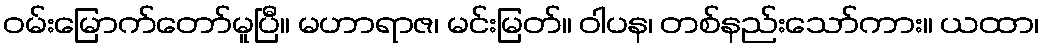
ဝမ်းမြောက်တော်မူပြီ။ မဟာရာဇ၊ မင်းမြတ်။ ဝါပန၊ တစ်နည်းသော်ကား။ ယထာ၊